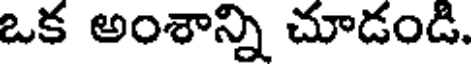
ఒక అంశాన్ని చూడండి.